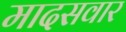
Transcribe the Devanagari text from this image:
मादसवार